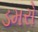
ડમરો